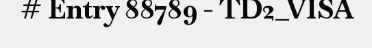
# Entry 88789 - TD2_VISA